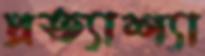
প্রত্যাশ্যা